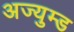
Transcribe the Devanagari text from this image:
अज्युम्ड